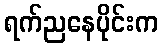
ရက်ညနေပိုင်းက